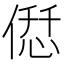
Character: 𠌤